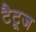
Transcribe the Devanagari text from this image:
टैटूज